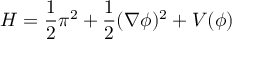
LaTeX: { \cal H } = \frac { 1 } { 2 } \pi ^ { 2 } + \frac { 1 } { 2 } ( \nabla \phi ) ^ { 2 } + V ( \phi )